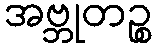
အဗ္ဘုတဉ္စ